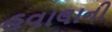
હવાલાની